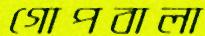
গোপবালা